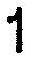
1